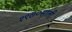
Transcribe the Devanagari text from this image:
१९७०साली